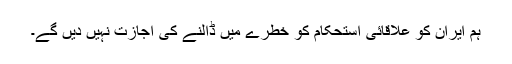
ہم ایران کو علاقائی استحکام کو خطرے میں ڈالنے کی اجازت نہیں دیں گے۔